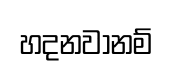
හදනවානම්